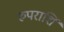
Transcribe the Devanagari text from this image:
रुपराशि